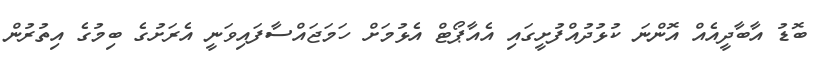
ބޮޑު އާބާދީއެއް އޮންނަ ކުޅުދުއްފުށީގައި އެއާޕޯޓް އެޅުމަށް ހަމަޖައްސާފައިވަނީ އެރަށުގެ ބިމުގެ އިތުރުން